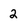
Character: 2